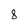
Character: 8